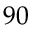
9 0